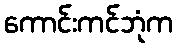
ကောင်းကင်ဘုံက